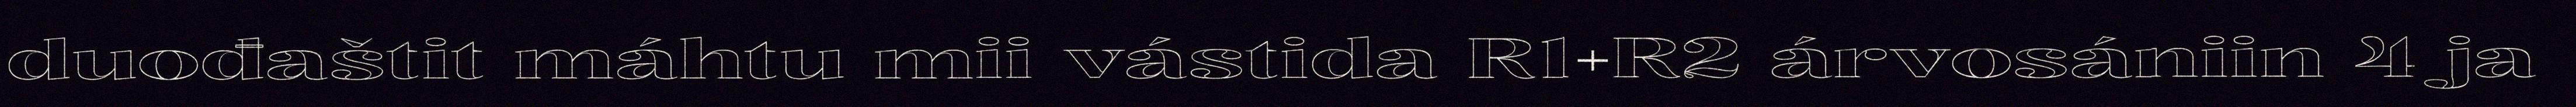
duođaštit máhtu mii vástida R1+R2 árvosániin 4 ja